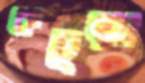
কচুয়া